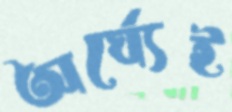
অর্ঘ্যেই